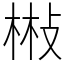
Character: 㪔